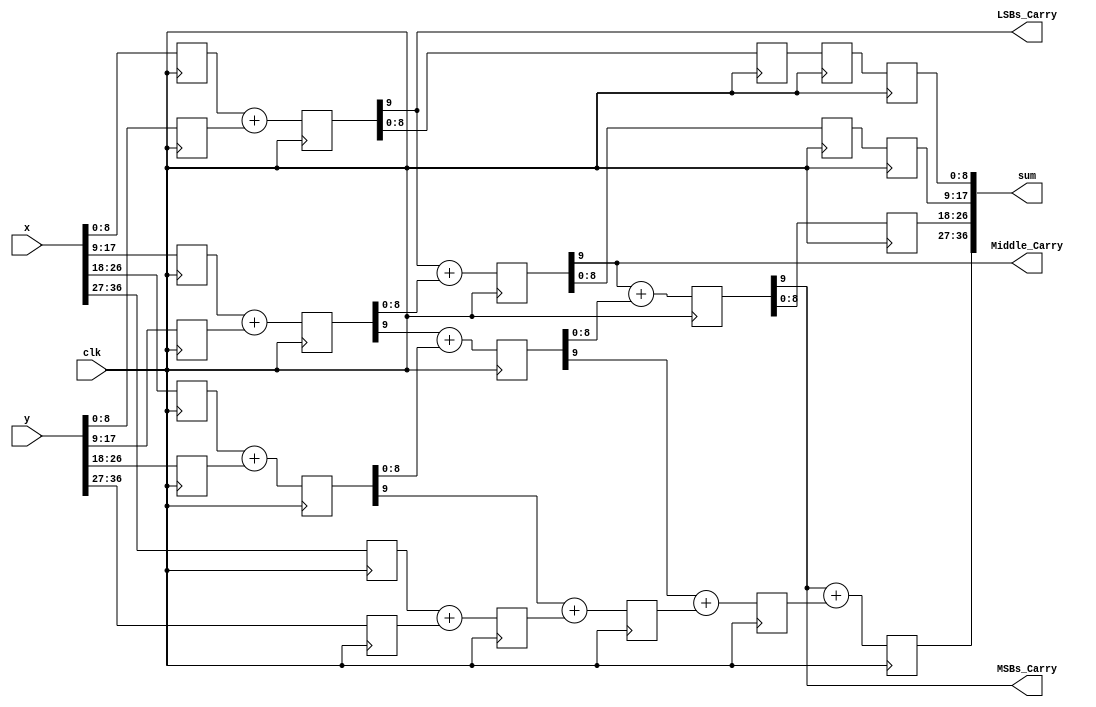
//*********************************************************
// IEEE STD 1364-2001 Verilog file: add3p.v 
// Author-EMAIL: Uwe.Meyer-Baese@ieee.org
//*********************************************************
// 37-bit adder with three pipeline stage
// uses no components     

module add3p
#(parameter WIDTH    = 37, // Total bit width
            WIDTH0   = 9,  // Bit width of LSBs 
            WIDTH1   = 9,  // Bit width of 2. LSBs 
            WIDTH01  = 18, // Sum WIDTH0+WIDTH1
            WIDTH2   = 9,  // Bit width of 2. MSBs
            WIDTH012 = 27,  // Sum WIDTH0+WIDTH1+WIDTH2
            WIDTH3   =  10)  // Bit width of MSBs
 (input  [WIDTH-1:0] x, y,  // Inputs
  output [WIDTH-1:0] sum,  // Result
  output LSBs_Carry, Middle_Carry, MSBs_Carry, // Test pins
  input              clk);  // Clock
// --------------------------------------------------------
  reg [WIDTH0-1:0] l0, l1, r0, v0, s0;    // LSBs of inputs
  reg [WIDTH0:0] q0;                      // LSBs of inputs
  reg [WIDTH1-1:0] l2, l3, r1, s1;      // 2. LSBs of input
  reg [WIDTH1:0] v1, q1;                // 2. LSBs of input
  reg [WIDTH2-1:0] l4, l5, s2, h7;          // 2. MSBs bits 
  reg [WIDTH2:0] q2, v2, r2;                // 2. MSBs bits
  reg [WIDTH3-1:0] l6, l7, q3, v3, r3, s3, h8; 
                                           // MSBs of input
      
always @(posedge clk) begin
// Split in MSBs and LSBs and store in registers
  // Split LSBs from input x,y
  l0[WIDTH0-1:0] <= x[WIDTH0-1:0];
  l1[WIDTH0-1:0] <= y[WIDTH0-1:0];
  // Split 2. LSBs from input x,y
  l2[WIDTH1-1:0] <= x[WIDTH1-1+WIDTH0:WIDTH0];
  l3[WIDTH1-1:0] <= y[WIDTH1-1+WIDTH0:WIDTH0];
  // Split 2. MSBs from input x,y
  l4[WIDTH2-1:0] <= x[WIDTH2-1+WIDTH01:WIDTH01];
  l5[WIDTH2-1:0] <= y[WIDTH2-1+WIDTH01:WIDTH01];
  // Split MSBs from input x,y
  l6[WIDTH3-1:0] <= x[WIDTH3-1+WIDTH012:WIDTH012];
  l7[WIDTH3-1:0] <= y[WIDTH3-1+WIDTH012:WIDTH012];

//************* First stage of the adder  *****************
  q0 <= {1'b0, l0} + {1'b0, l1};  // Add LSBs of x and y
  q1 <= {1'b0, l2} + {1'b0, l3};  // Add 2. LSBs of x / y
  q2 <= {1'b0, l4} + {1'b0, l5};  // Add 2. MSBs of x/y
  q3 <= l6 + l7;                  // Add MSBs of x and y
//************* Second stage of the adder *****************
  v0 <= q0[WIDTH0-1:0];           // Save q0   
// Add result from 2. LSBs (x+y) and carry from LSBs 
  v1 <= q0[WIDTH0] + {1'b0, q1[WIDTH1-1:0]};
// Add result from 2. MSBs (x+y) and carry from 2. LSBs  
  v2 <= q1[WIDTH1] + {1'b0, q2[WIDTH2-1:0]};
// Add result from MSBs (x+y) and carry from 2. MSBs 
  v3 <= q2[WIDTH2] + q3;

//************** Third stage of the adder *****************
  r0 <= v0;  // Delay for LSBs
  r1 <= v1[WIDTH1-1:0];  // Delay for 2. LSBs
// Add result from 2. MSBs (x+y) and carry from 2. LSBs 
  r2 <= v1[WIDTH1] + {1'b0, v2[WIDTH2-1:0]};                                        
// Add result from MSBs (x+y) and carry from 2. MSBs
  r3 <= v2[WIDTH2] + v3;
//************ Fourth stage of the adder ******************
  s0 <= r0;              // Delay for LSBs
  s1 <= r1;              // Delay for 2. LSBs
  s2 <= r2[WIDTH2-1:0];  // Delay for 2. MSBs
// Add result from MSBs (x+y) and carry from 2. MSBs 
  s3 <= r2[WIDTH2] + r3;    
end

assign LSBs_Carry   = q0[WIDTH1];  // Provide test signals
assign Middle_Carry = v1[WIDTH1];
assign MSBs_Carry   = r2[WIDTH2];   

// Build a single output word of 
// WIDTH = WIDTH0 + WIDTH1 + WIDTH2 + WIDTH3
assign sum = {s3, s2, s1, s0}; // Connect sum to output

endmodule